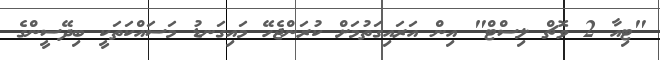
"ޓިއާ 2 ވޮޗް ލިސްޓް" އިން އަރައިގަތުމަށް ކުރަންޖެހޭ މައިގަނޑު މަސައްކަތަކީ ބިދޭސީންގެ